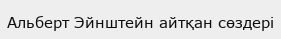
Альберт Эйнштейн айтқан сөздері